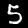
Label: 5